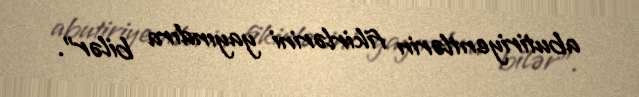
abutiriyentlərin fikirlərini yayındıra bilər”.